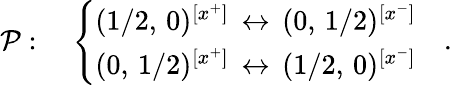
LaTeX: {\cal P}:\quad\left\{ \begin{array}{l}{{(1/2,\, 0)^{[x^{+}]}\, \leftrightarrow\, (0,\, 1/2)^{[x^{-}]}}}\\ {{(0,\, 1/2)^{[x^{+}]}\, \leftrightarrow\, (1/2,\, 0)^{[x^{-}]}}}\end{array}\right.\quad.